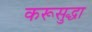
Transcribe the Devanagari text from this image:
करूसुद्धा